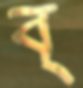
ব্